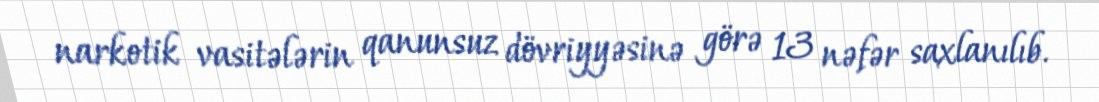
narkotik vasitələrin qanunsuz dövriyyəsinə görə 13 nəfər saxlanılıb.